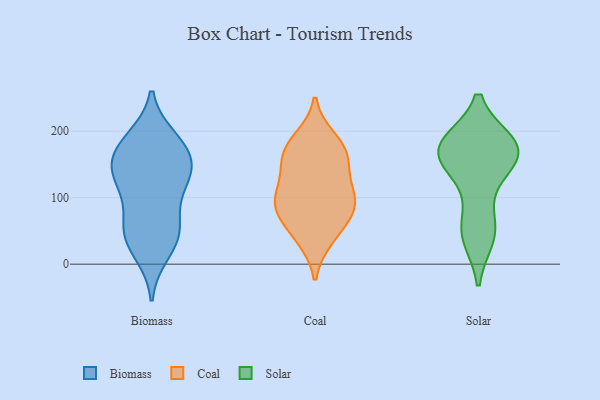
{"axis": {"x": "Budget (USD K)", "y": "Value"}, "legend": ["Biomass", "Coal", "Solar"], "data": [{"x": "", "y": 125, "type": "Biomass"}, {"x": "", "y": 38, "type": "Biomass"}, {"x": "", "y": 135, "type": "Biomass"}, {"x": "", "y": 114, "type": "Biomass"}, {"x": "", "y": 57, "type": "Biomass"}, {"x": "", "y": 167, "type": "Biomass"}, {"x": "", "y": 58, "type": "Biomass"}, {"x": "", "y": 182, "type": "Biomass"}, {"x": "", "y": 129, "type": "Biomass"}, {"x": "", "y": 18, "type": "Biomass"}, {"x": "", "y": 187, "type": "Biomass"}, {"x": "", "y": 152, "type": "Biomass"}, {"x": "", "y": 169, "type": "Biomass"}, {"x": "", "y": 48, "type": "Biomass"}, {"x": "", "y": 86, "type": "Coal"}, {"x": "", "y": 145, "type": "Coal"}, {"x": "", "y": 93, "type": "Coal"}, {"x": "", "y": 120, "type": "Coal"}, {"x": "", "y": 188, "type": "Coal"}, {"x": "", "y": 80, "type": "Coal"}, {"x": "", "y": 84, "type": "Coal"}, {"x": "", "y": 169, "type": "Coal"}, {"x": "", "y": 175, "type": "Coal"}, {"x": "", "y": 105, "type": "Coal"}, {"x": "", "y": 39, "type": "Coal"}, {"x": "", "y": 159, "type": "Coal"}, {"x": "", "y": 46, "type": "Coal"}, {"x": "", "y": 178, "type": "Solar"}, {"x": "", "y": 54, "type": "Solar"}, {"x": "", "y": 170, "type": "Solar"}, {"x": "", "y": 128, "type": "Solar"}, {"x": "", "y": 172, "type": "Solar"}, {"x": "", "y": 181, "type": "Solar"}, {"x": "", "y": 52, "type": "Solar"}, {"x": "", "y": 42, "type": "Solar"}, {"x": "", "y": 169, "type": "Solar"}, {"x": "", "y": 176, "type": "Solar"}, {"x": "", "y": 157, "type": "Solar"}]}